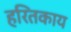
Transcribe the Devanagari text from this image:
हरितकाय